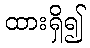
ထားရှိ၍